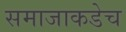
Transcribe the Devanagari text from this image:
समाजाकडेच